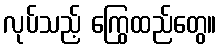
လုပ်သည့် ကြွေထည်တွေ။